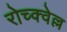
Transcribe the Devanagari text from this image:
रोच्क्वेल्ल